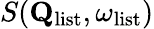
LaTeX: S(\mathbf{Q}_{\mathrm{list}},\omega_{\mathrm{list}})